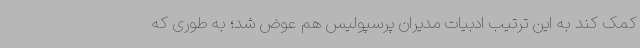
کمک کند به این ترتیب ادبیات مدیران پرسپولیس هم عوض شد؛ به‌ طوری‌ که